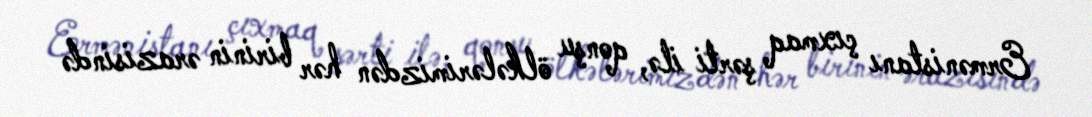
Ermənistanı çıxmaq şərti ilə, qonşu ölkələrimizdən hər birinin ərazisində